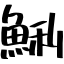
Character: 鯏